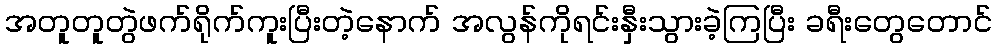
အတူတူတွဲဖက်ရိုက်ကူးပြီးတဲ့နောက် အလွန်ကိုရင်းနှီးသွားခဲ့ကြပြီး ခရီးတွေတောင်